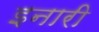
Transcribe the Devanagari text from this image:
इनारी